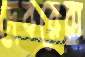
দেবরেরা